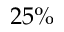
2 5 \%